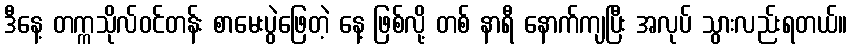
ဒီနေ့ တက္ကသိုလ်ဝင်တန်း စာမေးပွဲဖြေတဲ့ နေ့ ဖြစ်လို့ တစ် နာရီ နောက်ကျပြီး အလုပ် သွားလည်းရတယ်။